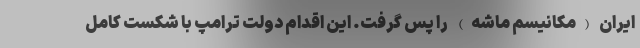
ایران (مکانیسم ماشه) را پس گرفت. این اقدام دولت ترامپ با شکست کامل